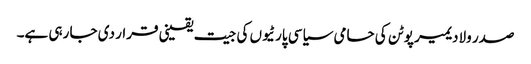
صدر ولادیمیر پوٹن کی حامی سیاسی پارٹیوں کی جیت یقینی قرار دی جا رہی ہے۔